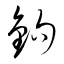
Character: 鉤